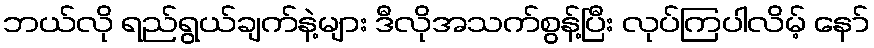
ဘယ်လို ရည်ရွယ်ချက်နဲ့များ ဒီလိုအသက်စွန့်ပြီး လုပ်ကြပါလိမ့် နော်